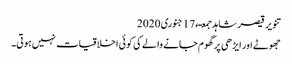
تنویر قیصر شاہد جمعـء 17 جنوری 2020
جھوٹے اور ایڑھی پر گھوم جانے والے کی کوئی اخلاقیات نہیں ہوتی۔